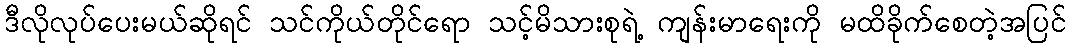
ဒီလိုလုပ်ပေးမယ်ဆိုရင် သင်ကိုယ်တိုင်ရော သင့်မိသားစုရဲ့ ကျန်းမာရေးကို မထိခိုက်စေတဲ့အပြင်